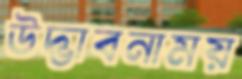
উদ্ভাবনাময়